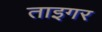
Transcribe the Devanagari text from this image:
ताइगर